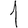
Digit: 1